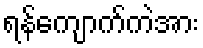
ရန်ကျောက်ကဲအား